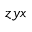
z y x